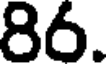
86.